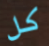
كل